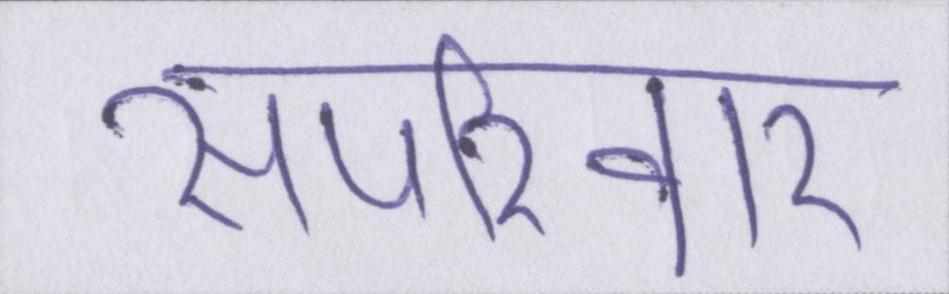
सपरिवार